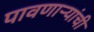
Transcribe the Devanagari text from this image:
पावणाऱ्यांची